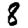
Digit: 8